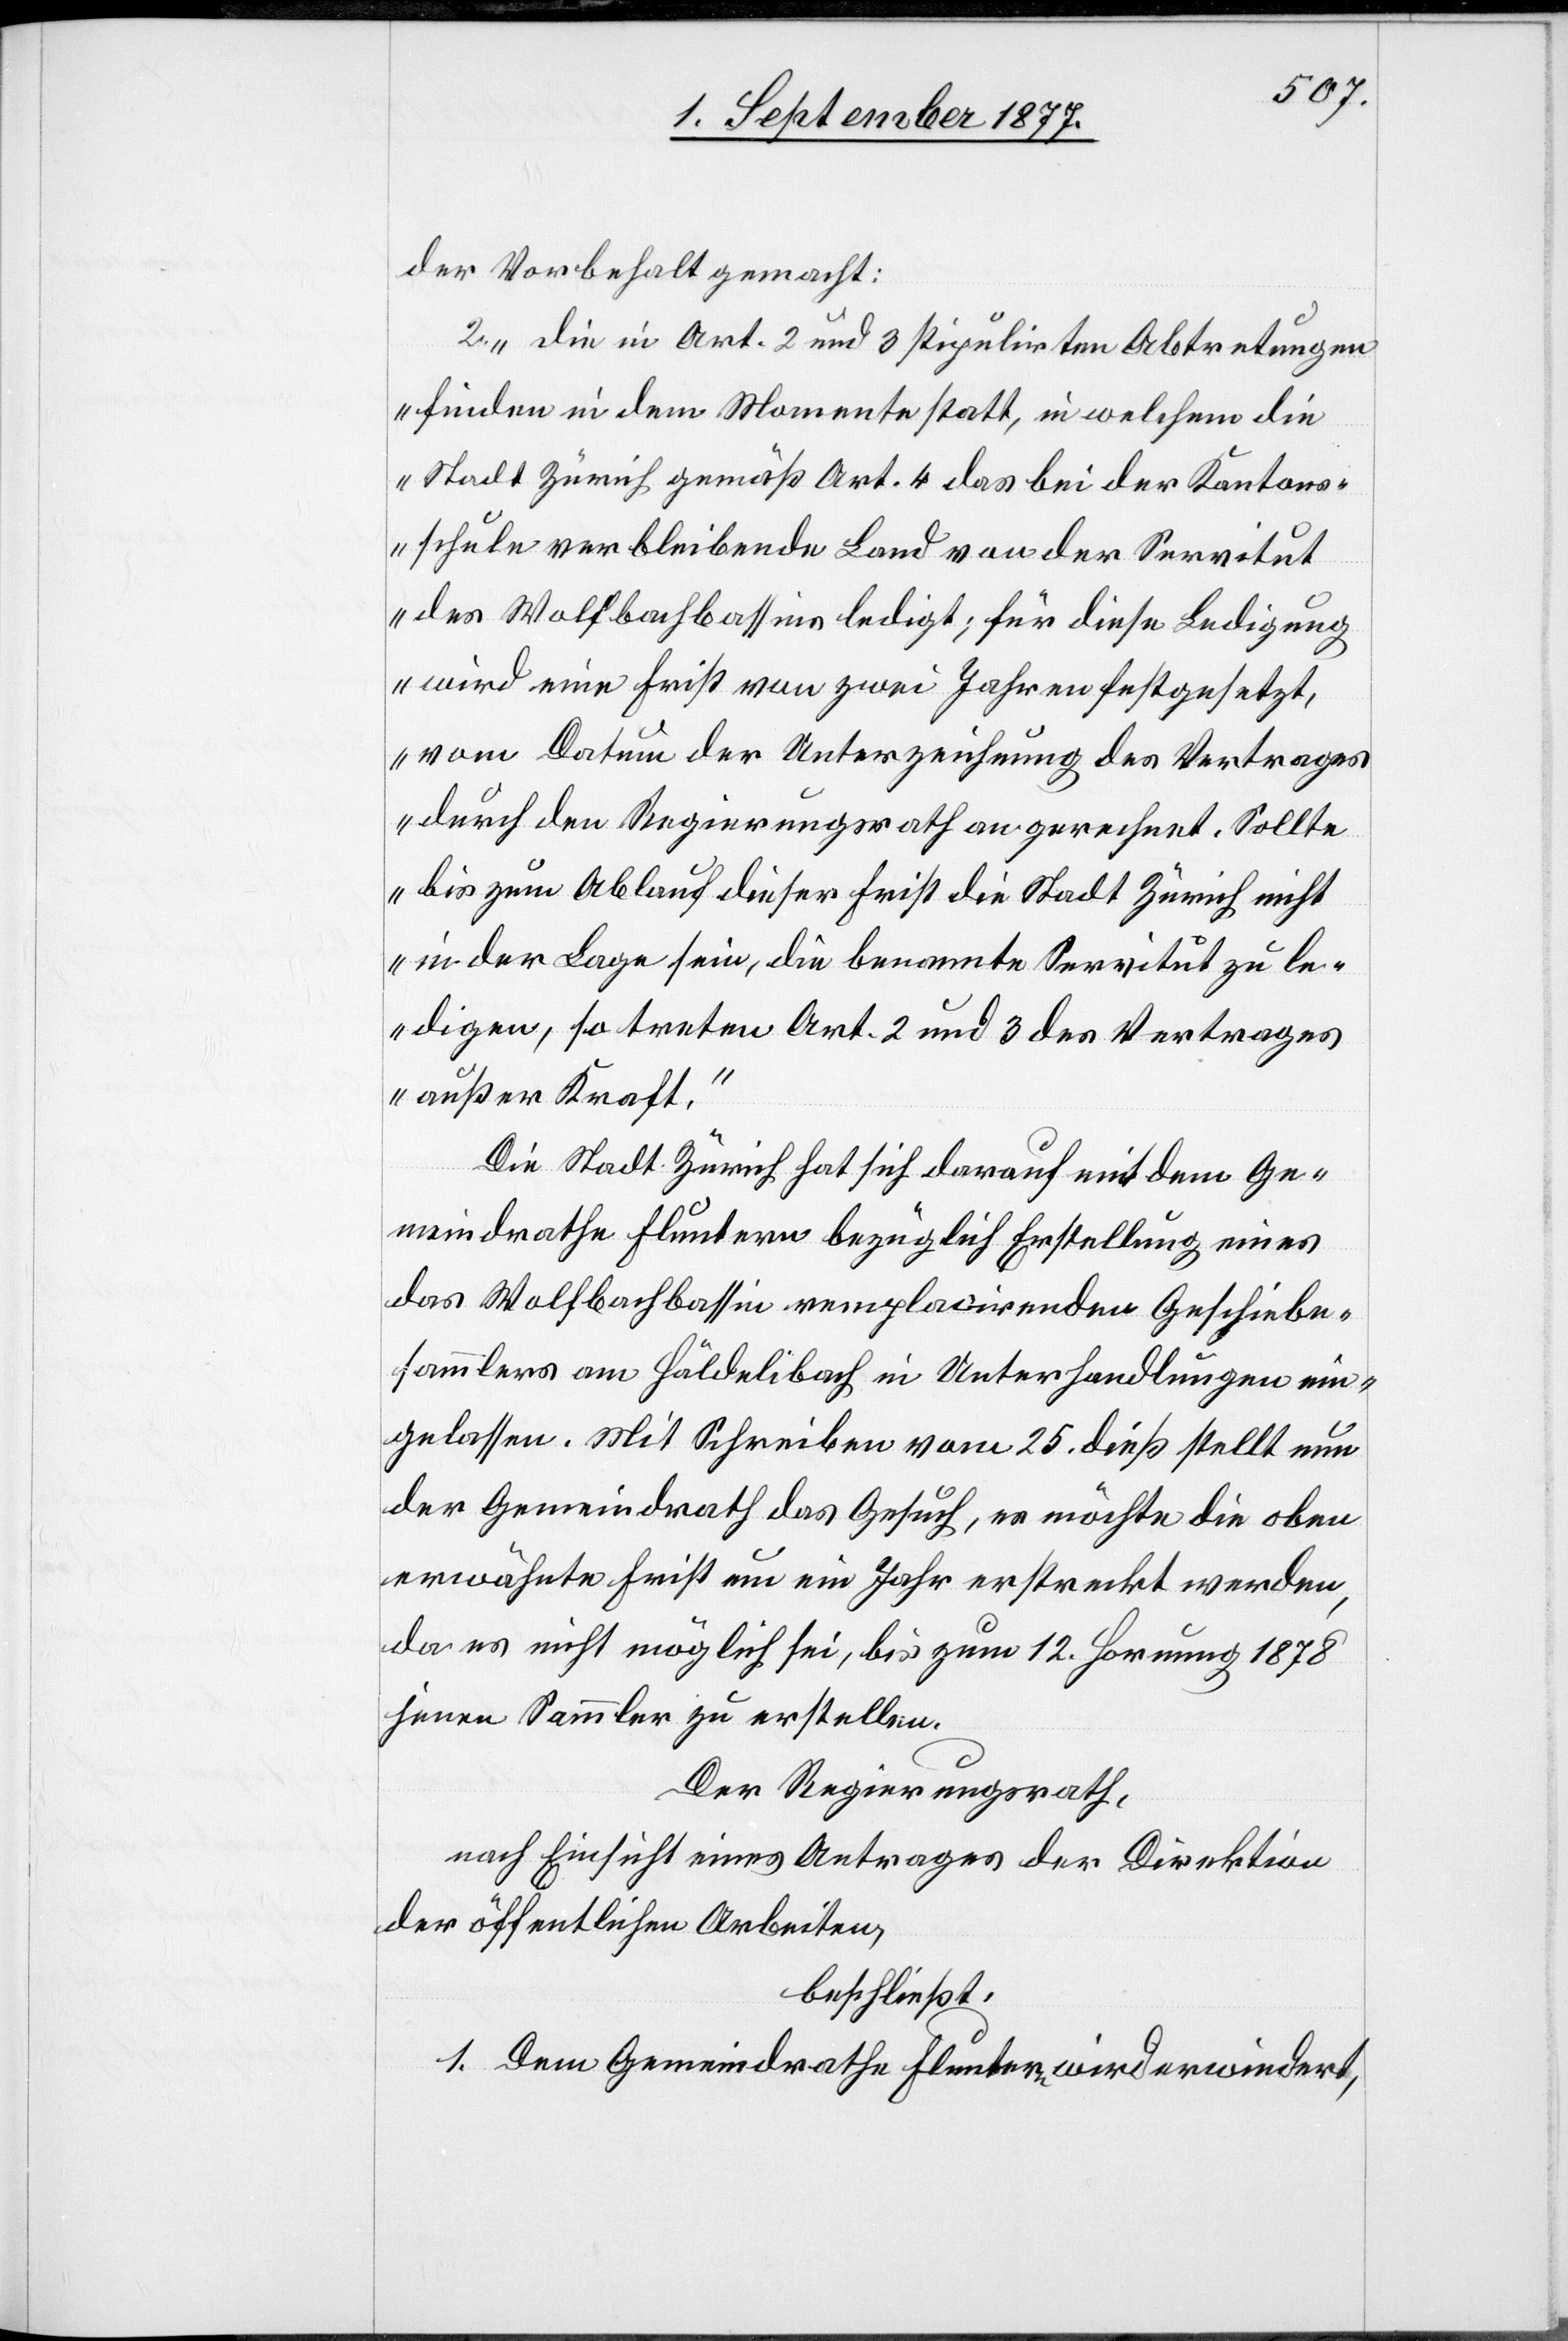
der Vorbehalt gemacht:
„2. die in Art. 2 und 3 stipulirten Abtretungen
finden in dem Momente statt, in welchem die
Stadt Zürich gemäß Art. 4 das bei der Kantons¬
schule verbleibende Land von der Servitut
des Wolfbachbassins ledigt; für diese Ledigung
wird eine Frist von zwei Jahren festgesetzt,
vom Datum der Unterzeichnung des Vertrages
durch den Regierungsrath an gerechnet. Sollte
bis zum Ablauf dieser Frist die Stadt Zürich nicht
in der Lage sein, die benannte Servitut zu le¬
digen, so treten Art. 2 und 3 des Vertrages
außer Kraft.“
Die Stadt Zürich hat sich darauf mit dem Ge¬
meindrathe Fluntern bezüglich Erstellung eines
das Wolfbachbassin remplacirenden Geschiebe¬
sammlers am Häldelibach in Unterhandlungen ein¬
gelassen. Mit Schreiben vom 25. dieß stellt nun
der Gemeindrath das Gesuch, es möchte die oben
erwähnte Frist um ein Jahr erstreckt werden,
da es nicht möglich sei, bis zum 12. Hornung 1878
jenen Sammler zu erstellen.
Der Regierungsrath,
nach Einsicht eines Antrages der Direktion
der öffentlichen Arbeiten,
beschließt:
1. Dem Gemeindrathe Fluntern wird erwiedert,